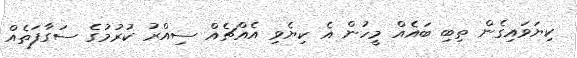
ކިޔަވައިގެން ތިބި ބައެއް މީހުން އެ ކިޔެވި އެއްޗެއް ސިއްރު ކުރުމުގެ ސަގާފަތެއް